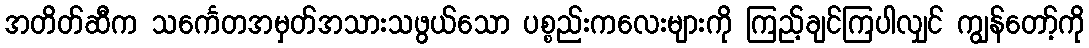
အတိတ်ဆီက သင်္ကေတအမှတ်အသားသဖွယ်သော ပစ္စည်းကလေးများကို ကြည့်ချင်ကြပါလျှင် ကျွန်တော့်ကို